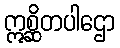
ဣစ္ဆိတပါဌော